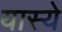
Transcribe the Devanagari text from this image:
यास्ये